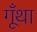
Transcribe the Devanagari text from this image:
गूँथा